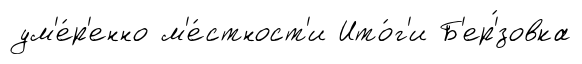
ум'е́р'енно м'е́стност'и Ито́г'и Б'ер'́зовка